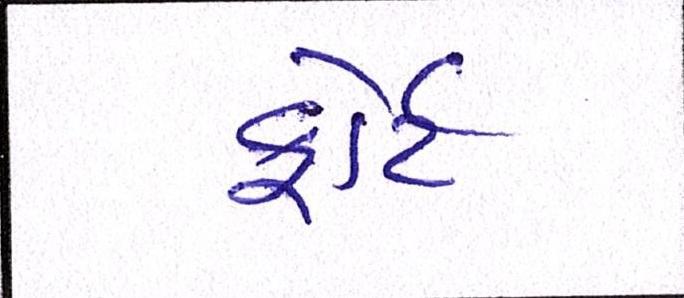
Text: ફોર્ટ